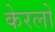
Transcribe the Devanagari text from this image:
केरलों